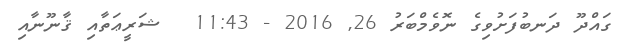
ގައްދޫ ދަނބުފަށުވިގެ ނޮވެމްބަރު 26